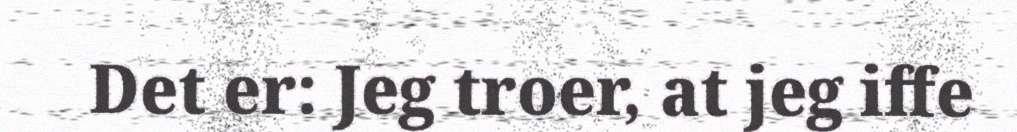
Det er: Jeg troer, at jeg iffe